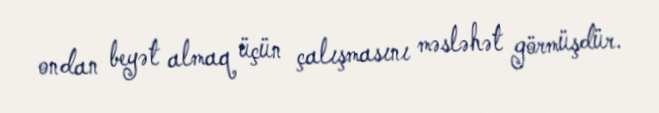
ondan beyət almaq üçün çalışmasını məsləhət görmüşdür.